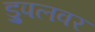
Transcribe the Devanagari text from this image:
ड्रुपलवर